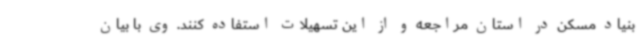
بنیاد مسکن در استان مراجعه و از این تسهیلات استفاده کنند. وی با بیان